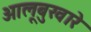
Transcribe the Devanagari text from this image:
आलूबुखारे